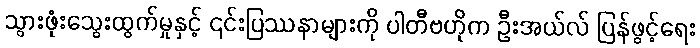
သွားဖုံးသွေးထွက်မှုနှင့် ၎င်းပြဿနာများကို ပါတီဗဟိုက ဦးအယ်လ် ပြန်ဖွင့်ရေး